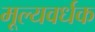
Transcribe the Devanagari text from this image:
मूल्यवर्धक